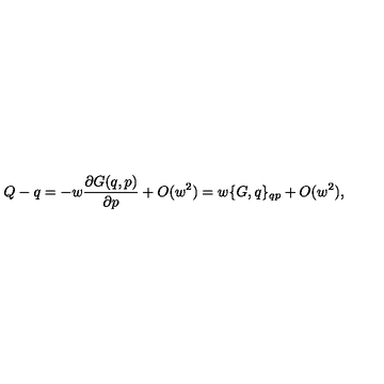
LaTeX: Q - q = - w { \frac { \partial G ( q , p ) } { \partial p } } + O ( w ^ { 2 } ) = w \{ G , q \} _ { q p } + O ( w ^ { 2 } ) ,